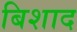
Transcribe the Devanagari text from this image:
बिशाद